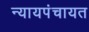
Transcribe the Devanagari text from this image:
न्यायपंचायत